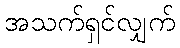
အသက်ရှင်လျှက်